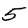
Digit: 5